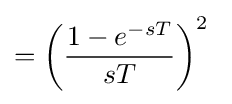
=\left({\frac {1-e^{-sT}}{sT}}\right)^{2}\